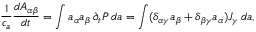
\frac { 1 } { c _ { a } } \frac { d A _ { \alpha \beta } } { d t } = \int a _ { \alpha } a _ { \beta } \, \partial _ { t } P \, d \boldsymbol { a } = \int ( \delta _ { \alpha \gamma } a _ { \beta } + \delta _ { \beta \gamma } a _ { \alpha } ) J _ { \gamma } \, d \boldsymbol { a } ,